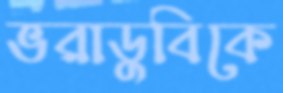
ভরাডুবিকে